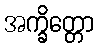
အက္ခိတ္တော